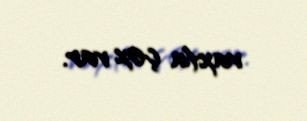
vaxta çox var.